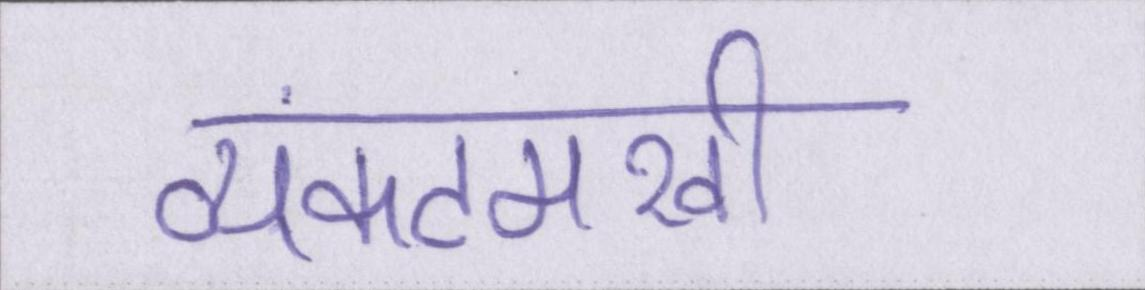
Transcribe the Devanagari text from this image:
व्यंकटमखी